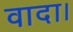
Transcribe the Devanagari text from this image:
वादा।